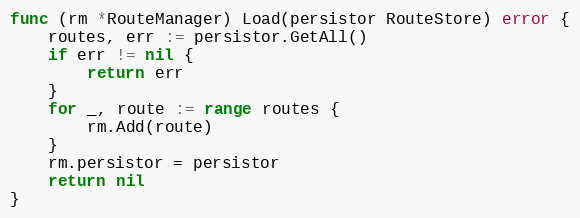
Language: Go
func (rm *RouteManager) Load(persistor RouteStore) error {
	routes, err := persistor.GetAll()
	if err != nil {
		return err
	}
	for _, route := range routes {
		rm.Add(route)
	}
	rm.persistor = persistor
	return nil
}